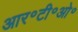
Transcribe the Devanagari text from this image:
आर॰टी॰ओ॰